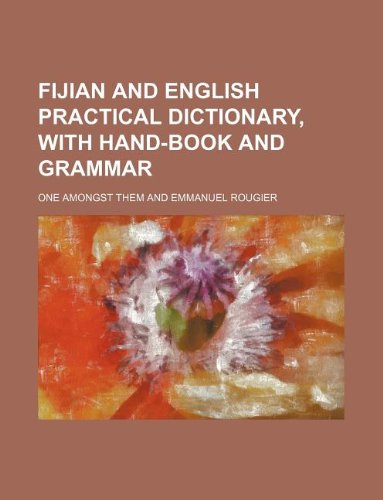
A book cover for Fijian and English Practical Dictionary, with Hand-Book and Grammar; One Amongst Them; History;